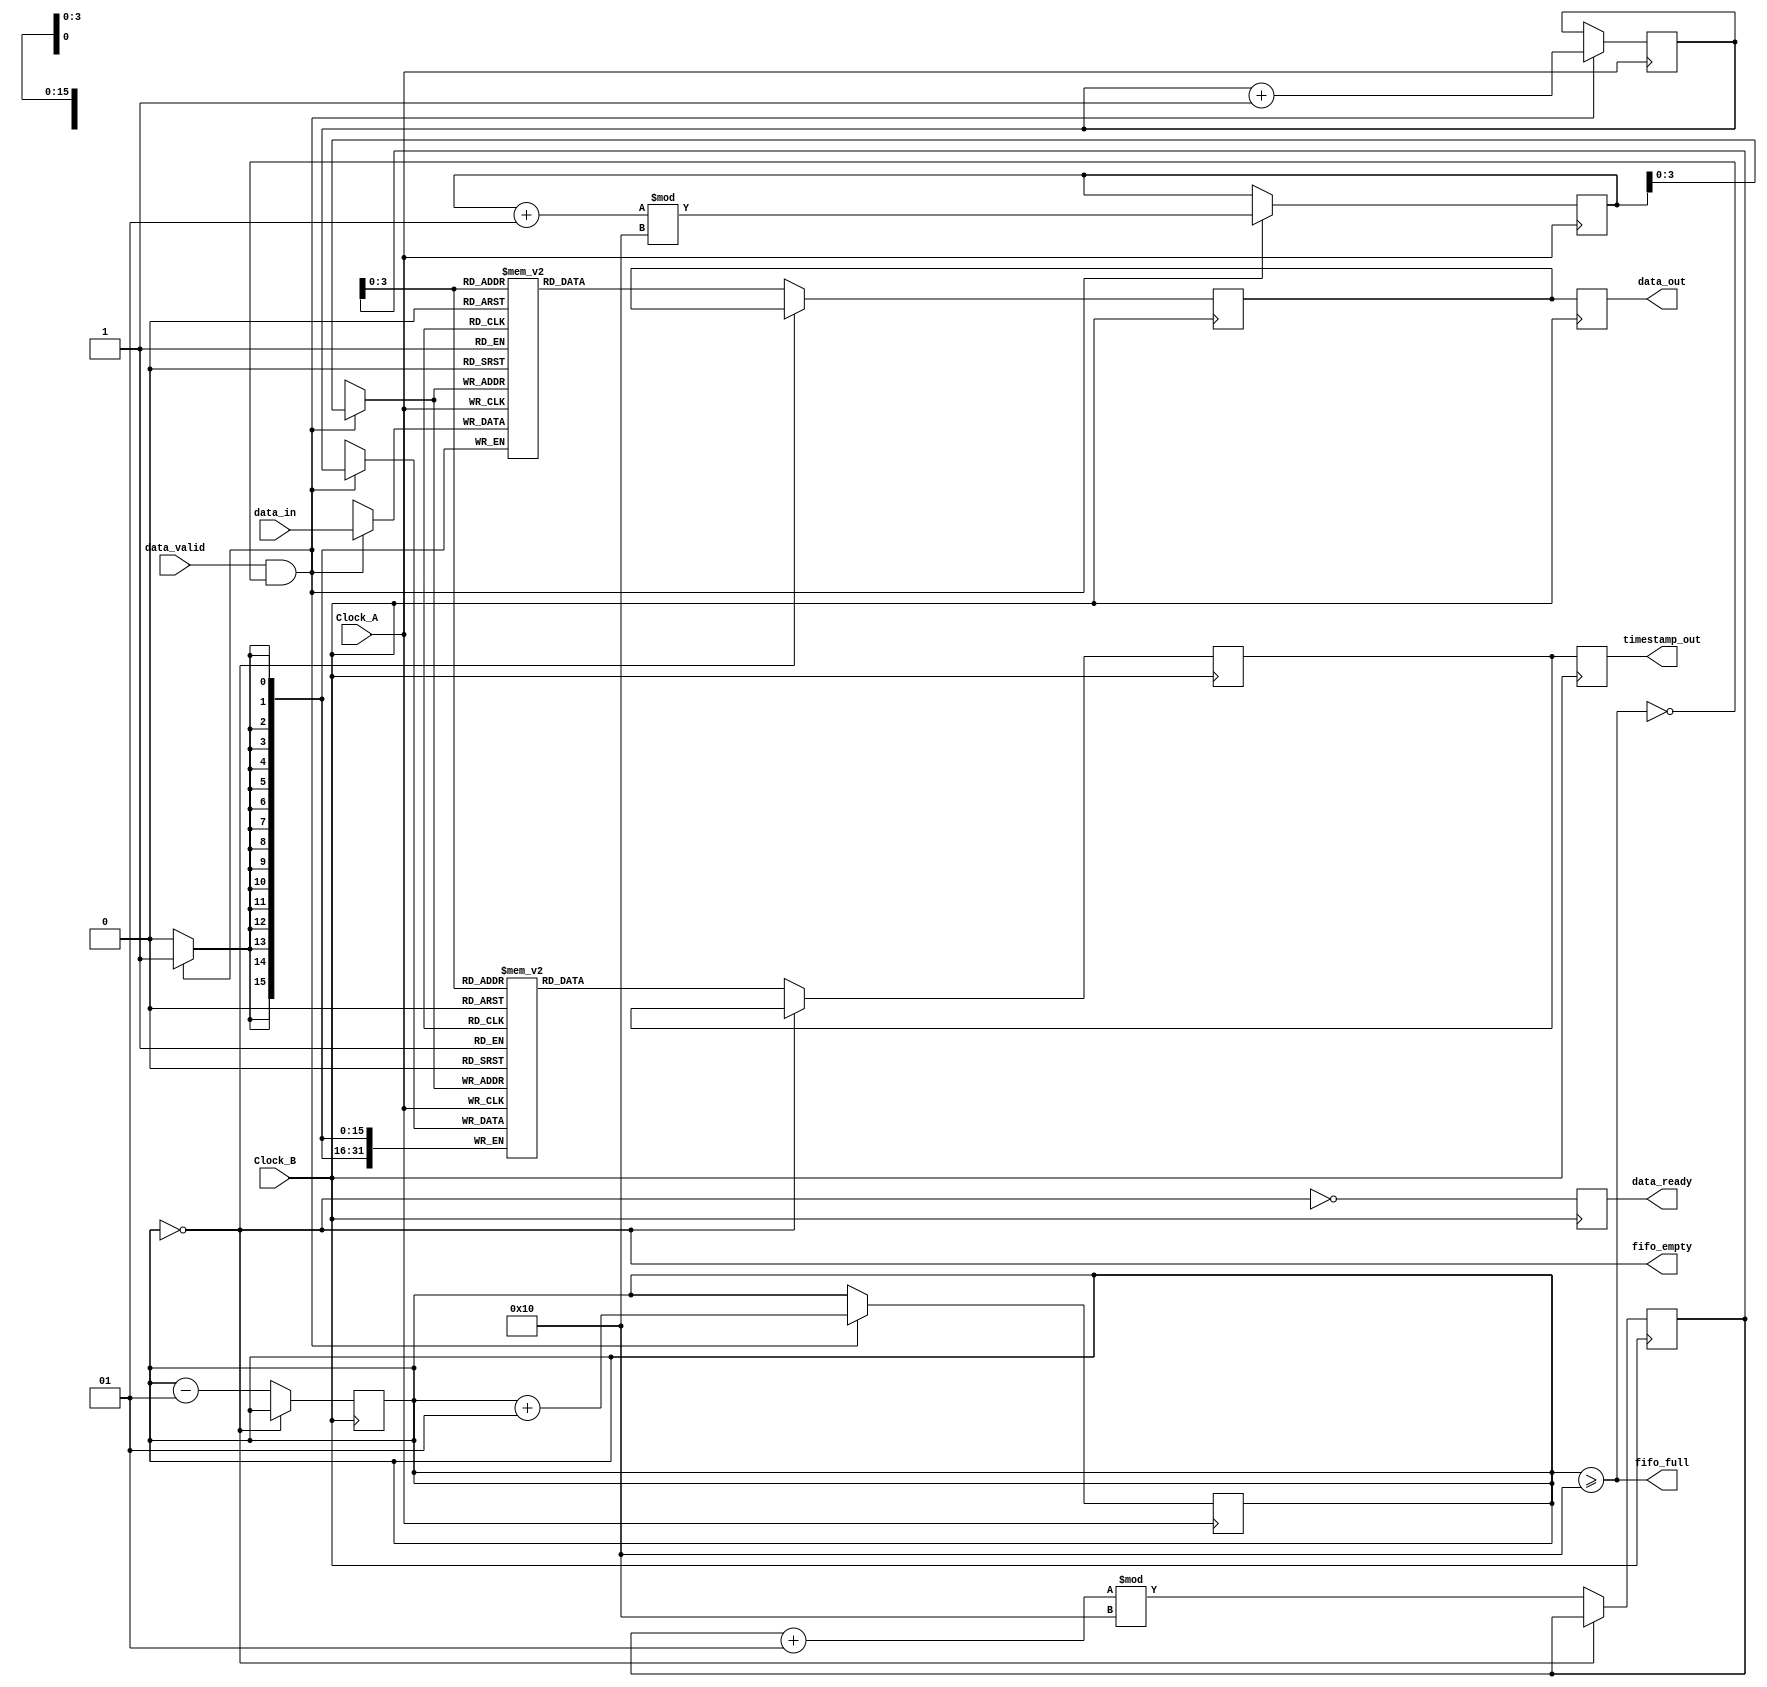
module TimeStampedSynchronizer (
    // Clock Domains
    input wire Clock_A,
    input wire Clock_B,
    
    // Data Input from Clock_A Domain
    input wire [15:0] data_in,
    input wire data_valid,
    
    // Output to Clock_B Domain
    output reg [15:0] data_out,
    output reg [31:0] timestamp_out,
    output reg data_ready,
    
    // Control signals for FIFO
    output wire fifo_full,
    output wire fifo_empty
);

    // Parameters
    parameter FIFO_DEPTH = 16;
    parameter TIMESTAMP_WIDTH = 32;

    // FIFO Memory
    reg [15:0] fifo_data [0:FIFO_DEPTH-1];
    reg [TIMESTAMP_WIDTH-1:0] fifo_timestamp [0:FIFO_DEPTH-1];

    // FIFO read/write pointers
    integer write_ptr = 0;
    integer read_ptr = 0;
    integer fifo_count = 0;

    // Timestamp logic
    reg [TIMESTAMP_WIDTH-1:0] timestamp;
    
    // Synchronizer for data and timestamp
    reg [15:0] sync_data;
    reg [TIMESTAMP_WIDTH-1:0] sync_timestamp;

    // FIFO Write Logic
    always @(posedge Clock_A) begin
        if (data_valid && !fifo_full) begin
            // Capture timestamp and data
            timestamp <= timestamp + 1; // Simple timestamp increment logic
            fifo_data[write_ptr] <= data_in;
            fifo_timestamp[write_ptr] <= timestamp;
            write_ptr <= (write_ptr + 1) % FIFO_DEPTH;
            fifo_count <= fifo_count + 1;
        end
    end

    // FIFO Read Logic
    always @(posedge Clock_B) begin
        if (!fifo_empty) begin
            // Read from FIFO
            sync_data <= fifo_data[read_ptr];
            sync_timestamp <= fifo_timestamp[read_ptr];
            read_ptr <= (read_ptr + 1) % FIFO_DEPTH;
            fifo_count <= fifo_count - 1;
        end
    end

    // Output Logic
    always @(posedge Clock_B) begin
        data_out <= sync_data;
        timestamp_out <= sync_timestamp;
        data_ready <= !fifo_empty;
    end

    // FIFO Status Indicators
    assign fifo_full = (fifo_count >= FIFO_DEPTH);
    assign fifo_empty = (fifo_count == 0);

endmodule